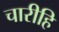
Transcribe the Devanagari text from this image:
चारीहि